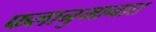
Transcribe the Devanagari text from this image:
फलानुमानात